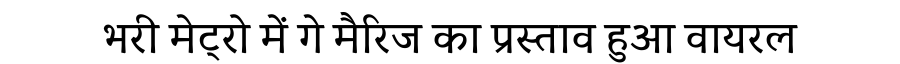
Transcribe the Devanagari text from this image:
भरी मेट्रो में गे मैरिज का प्रस्ताव हुआ वायरल